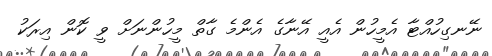
ނޭނގިހުއްޓާ އެމީހުން އެއީ އޭނާގެ އެންމެ ގާތް މީހުންނަށް ވީ ކޮން އިރަކު